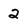
Character: 2